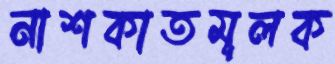
নাশকাতমূলক